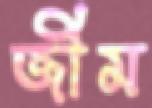
জীম